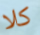
كلا